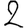
Digit: 2